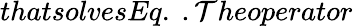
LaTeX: thatsolvesEq.\ .\mathcal{T}heoperator